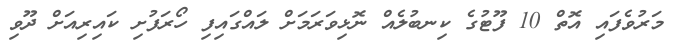
މަރުވެފައި އޮތް 10 ފޫޓުގެ ކިނބުލެއް ނޮޅިވަރަމަށް ލައްގައިފި ހޯރަފުށި ކައިރިއަށް ދޫވި